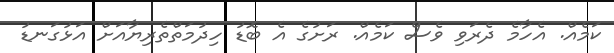
ކަމެއް. އެހާމެ ދެރަވި ވެސް ކަމެއް. ރަށުގެ އެ ބޮޑު ހިދުމަތްތެރިޔާއަށް އަޅުގަނޑު